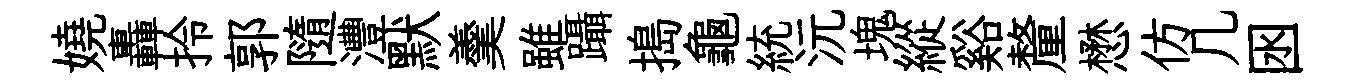
嬈轟拎郭隨灃默羹雖躡搗龜統沅塊縱谿釐懋仿几囦